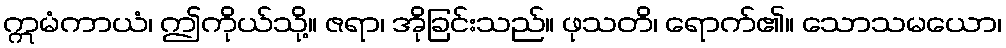
ဣမံကာယံ၊ ဤကိုယ်သို့။ ဇရာ၊ အိုခြင်းသည်။ ဖုသတိ၊ ရောက်၏။ သောသမယော၊